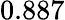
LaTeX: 0.887